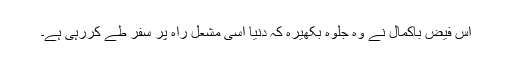
اس فیض باکمال نے وہ جلوہ بکھیرہ کہ دنیا اسی مشعل راہ پر سفر طے کررہی ہے۔